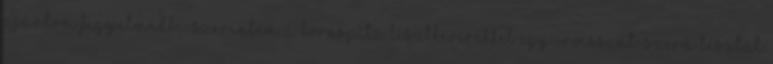
ajánlom figyelmedbe: szerintem a Kornspitz lisztkeverékkel egy croissant-szerű tésztát